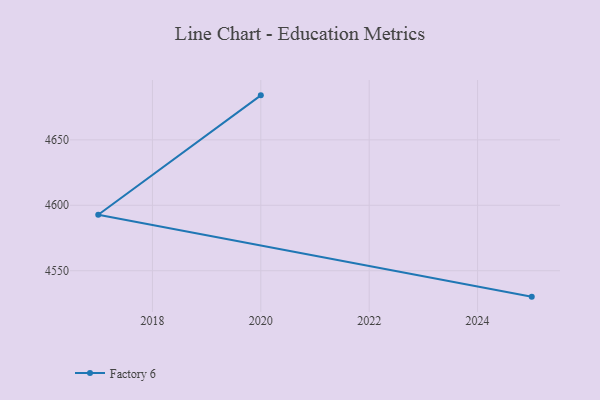
{"axis": {"x": "Year", "y": "Active Users"}, "legend": ["Factory 6"], "data": [{"x": "2025", "y": 4530.2, "type": "Factory 6"}, {"x": "2017", "y": 4592.8, "type": "Factory 6"}, {"x": "2020", "y": 4684.0, "type": "Factory 6"}]}